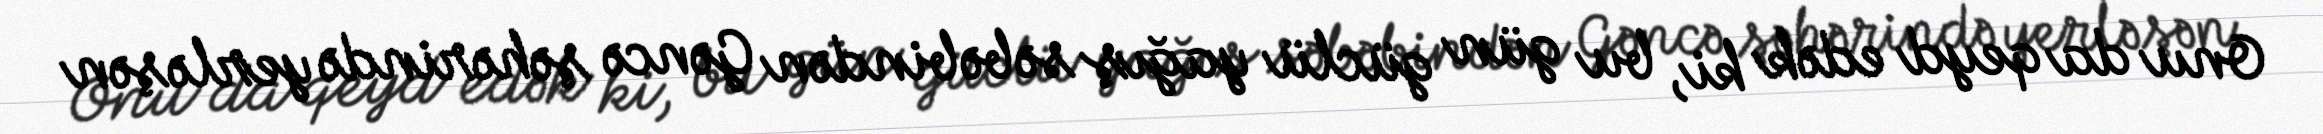
Onu da qeyd edək ki, bu gün güclü yağış səbəbindən Gəncə şəhərində yerləşən